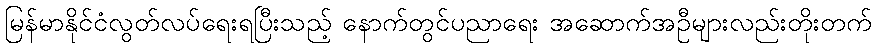
မြန်မာနိုင်ငံလွတ်လပ်ရေးရပြီးသည့် နောက်တွင်ပညာရေး အဆောက်အဦများလည်းတိုးတက်